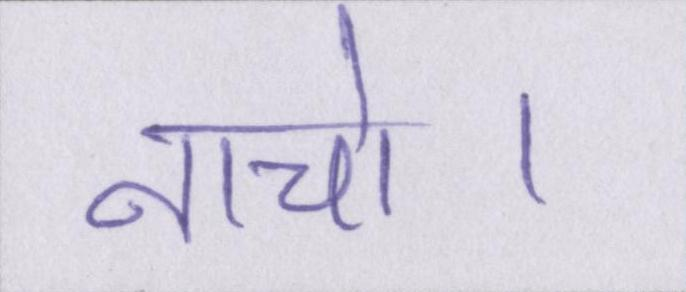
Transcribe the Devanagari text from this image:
नाचो।